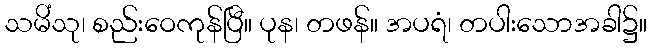
သမိံသု၊ စည်းဝေကုန်ပြီ။ ပုန၊ တဖန်။ အပရံ၊ တပါးသောအခါ၌။